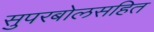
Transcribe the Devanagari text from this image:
सुपरबोलसहित